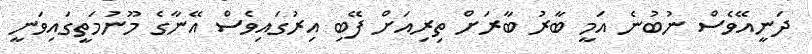
ދަނީއޭވެސް ނުބުނެ އަމީ ބާރު ބާރަށް ތިރިއަށް ފޭބި އިރުގައިވެސް އޭނާގެ މޫނުމަތީގައިވަނީ